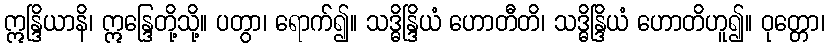
ဣန္ဒြိယာနိ၊ ဣန္ဒြေတို့သို့။ ပတွာ၊ ရောက်၍။ သဒ္ဓိန္ဒြိယံ ဟောတီတိ၊ သဒ္ဓိန္ဒြိယံ ဟောတိဟူ၍။ ဝုတ္တော၊